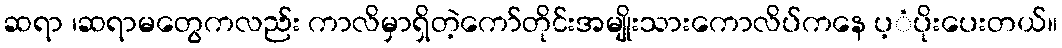
ဆရာ ၊ဆရာမတွေကလည်း ကာလိမှာရှိတဲ့ကော်တိုင်းအမျိုးသားကောလိပ်ကနေ ပ့ံပိုးပေးတယ်။